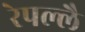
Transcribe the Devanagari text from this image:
रेपल्लै